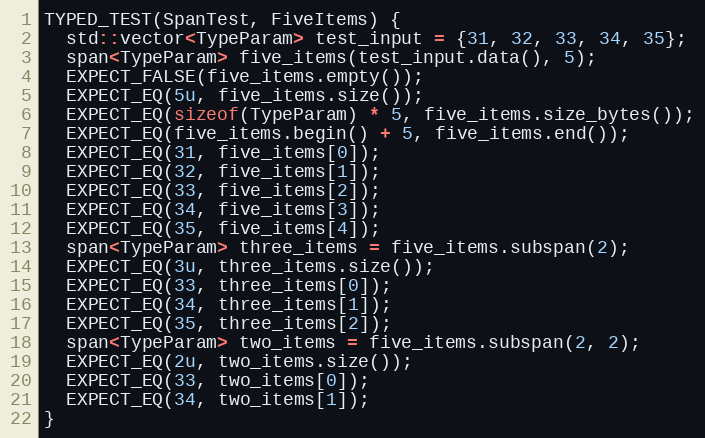
Language: C++
TYPED_TEST(SpanTest, FiveItems) {
  std::vector<TypeParam> test_input = {31, 32, 33, 34, 35};
  span<TypeParam> five_items(test_input.data(), 5);
  EXPECT_FALSE(five_items.empty());
  EXPECT_EQ(5u, five_items.size());
  EXPECT_EQ(sizeof(TypeParam) * 5, five_items.size_bytes());
  EXPECT_EQ(five_items.begin() + 5, five_items.end());
  EXPECT_EQ(31, five_items[0]);
  EXPECT_EQ(32, five_items[1]);
  EXPECT_EQ(33, five_items[2]);
  EXPECT_EQ(34, five_items[3]);
  EXPECT_EQ(35, five_items[4]);
  span<TypeParam> three_items = five_items.subspan(2);
  EXPECT_EQ(3u, three_items.size());
  EXPECT_EQ(33, three_items[0]);
  EXPECT_EQ(34, three_items[1]);
  EXPECT_EQ(35, three_items[2]);
  span<TypeParam> two_items = five_items.subspan(2, 2);
  EXPECT_EQ(2u, two_items.size());
  EXPECT_EQ(33, two_items[0]);
  EXPECT_EQ(34, two_items[1]);
}